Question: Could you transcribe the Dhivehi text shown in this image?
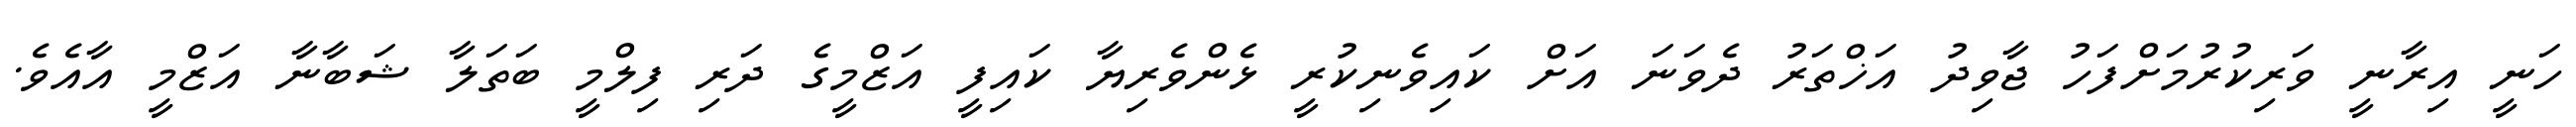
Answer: ހަނީ އިރާނީ ވަރިކުރުމަށްފަހު ޖާވިދު އަޚްތަރު ދެވަނަ އަށް ކައިވެނިކުރީ ޅެންވެރިޔާ ކައިފީ އަޒްމީގެ ދަރި ފިލްމީ ބަތަލާ ޝަބާނާ އަޒްމީ އާއެވެ.